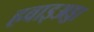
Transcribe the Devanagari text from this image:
हवाइअड्डा